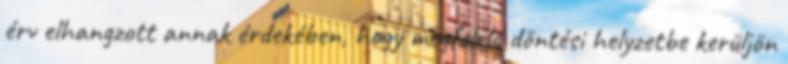
érv elhangzott annak érdekében, hogy megfelelő döntési helyzetbe kerüljön